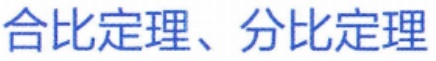
合比定理、分比定理